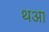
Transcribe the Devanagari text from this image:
थआ